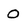
Character: O